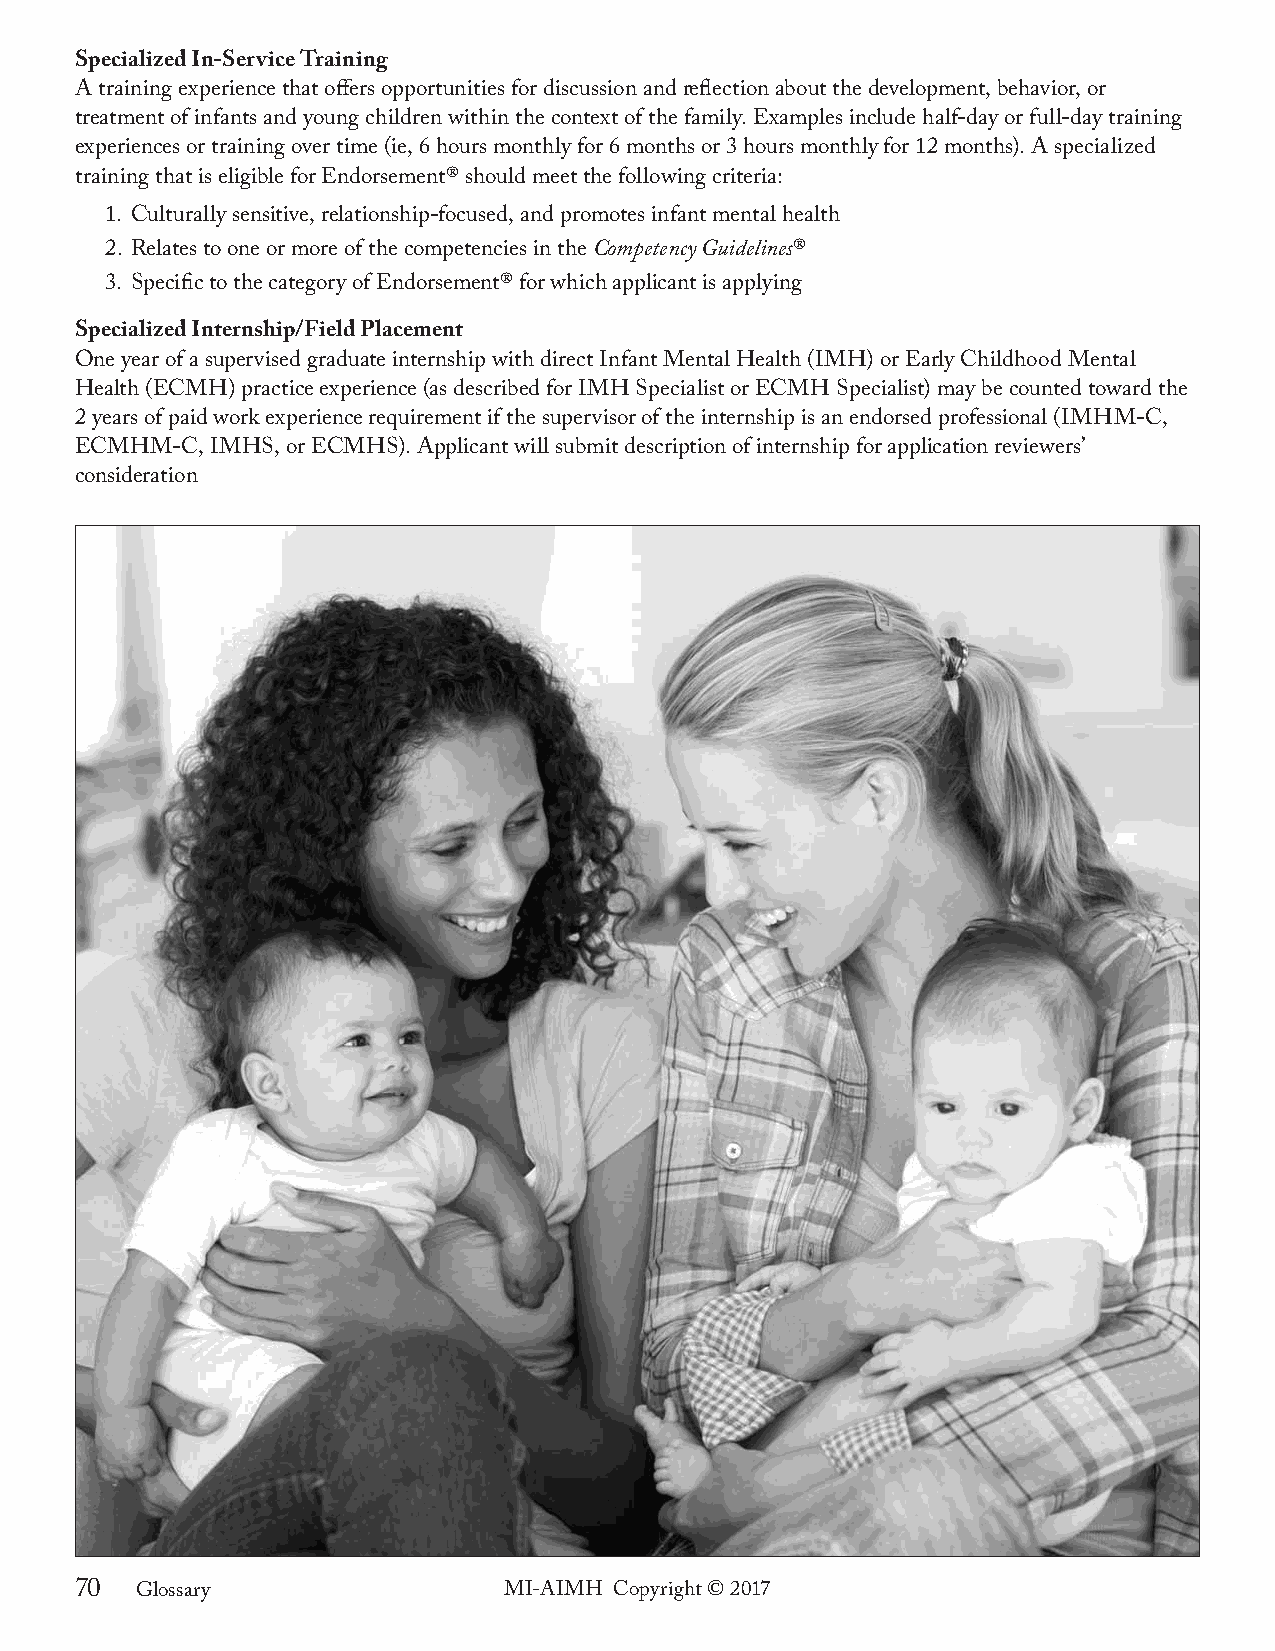
Specialized In-Service Training
 A training experience that offers opportunities for discussion and reflection about the development, behavior, or
 treatment of infants and young children within the context of the family. Examples include half-day or full-day training
 experiences or training over time (ie, 6 hours monthly for 6 months or 3 hours monthly for 12 months). A specialized
 training that is eligible for Endorsement® should meet the following criteria:
 1. Culturally sensitive, relationship-focused, and promotes infant mental health
 2. Relates to one or more of the competencies in the Competency Guidelines®
 3. Specific to the category of Endorsement® for which applicant is applying
 Specialized Internship/Field Placement
 One year of a supervised graduate internship with direct Infant Mental Health (IMH) or Early Childhood Mental
 Health (ECMH) practice experience (as described for IMH Specialist or ECMH Specialist) may be counted toward the
 2 years of paid work experience requirement if the supervisor of the internship is an endorsed professional (IMHM-C,
 ECMHM-C, IMHS, or ECMHS). Applicant will submit description of internship for application reviewers’
 consideration
 70  Glossary                MI-AIMH Copyright © 2017